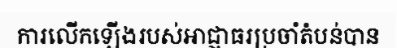
ការលើកឡើងរបស់អាជ្ញាធរប្រចាំតំបន់បាន